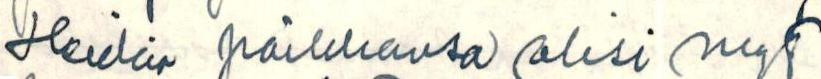
Heidän paikkansa olisi nyt